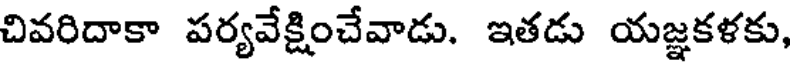
చివరిదాకా పర్యవేక్షించేవాడు. ఇతడు యజ్ఞకళకు,